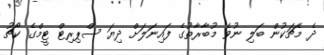
ދެ މެޗަކުން ބަލި ނުވެ މުބާރާތުގެ ފައިނަލަށް ދިޔަ ސްޕިރިޓް ޓީމްގެ ކޯޗު